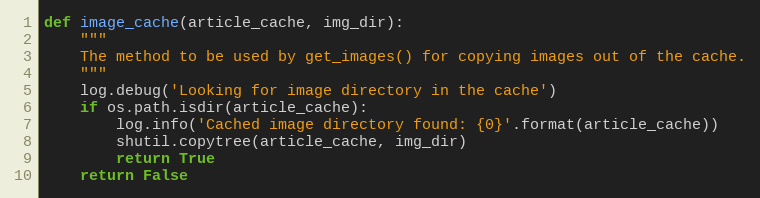
Language: Python
def image_cache(article_cache, img_dir):
    """
    The method to be used by get_images() for copying images out of the cache.
    """
    log.debug('Looking for image directory in the cache')
    if os.path.isdir(article_cache):
        log.info('Cached image directory found: {0}'.format(article_cache))
        shutil.copytree(article_cache, img_dir)
        return True
    return False